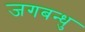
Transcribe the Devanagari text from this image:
जगबन्धु